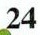
24